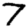
Digit: 7